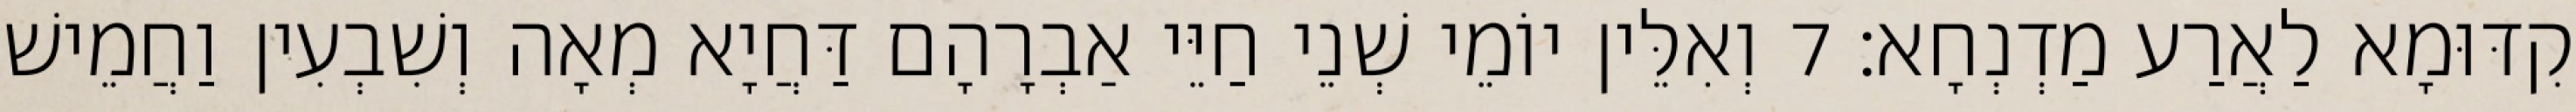
קִדּוּמָא לַאֲרַע מַדְנְחָא׃ 7 וְאִלֵּין יוֹמֵי שְׁנֵי חַיֵּי אַבְרָהָם דַּחֲיָא מְאָה וְשִׁבְעִין וַחֲמֵישׁ